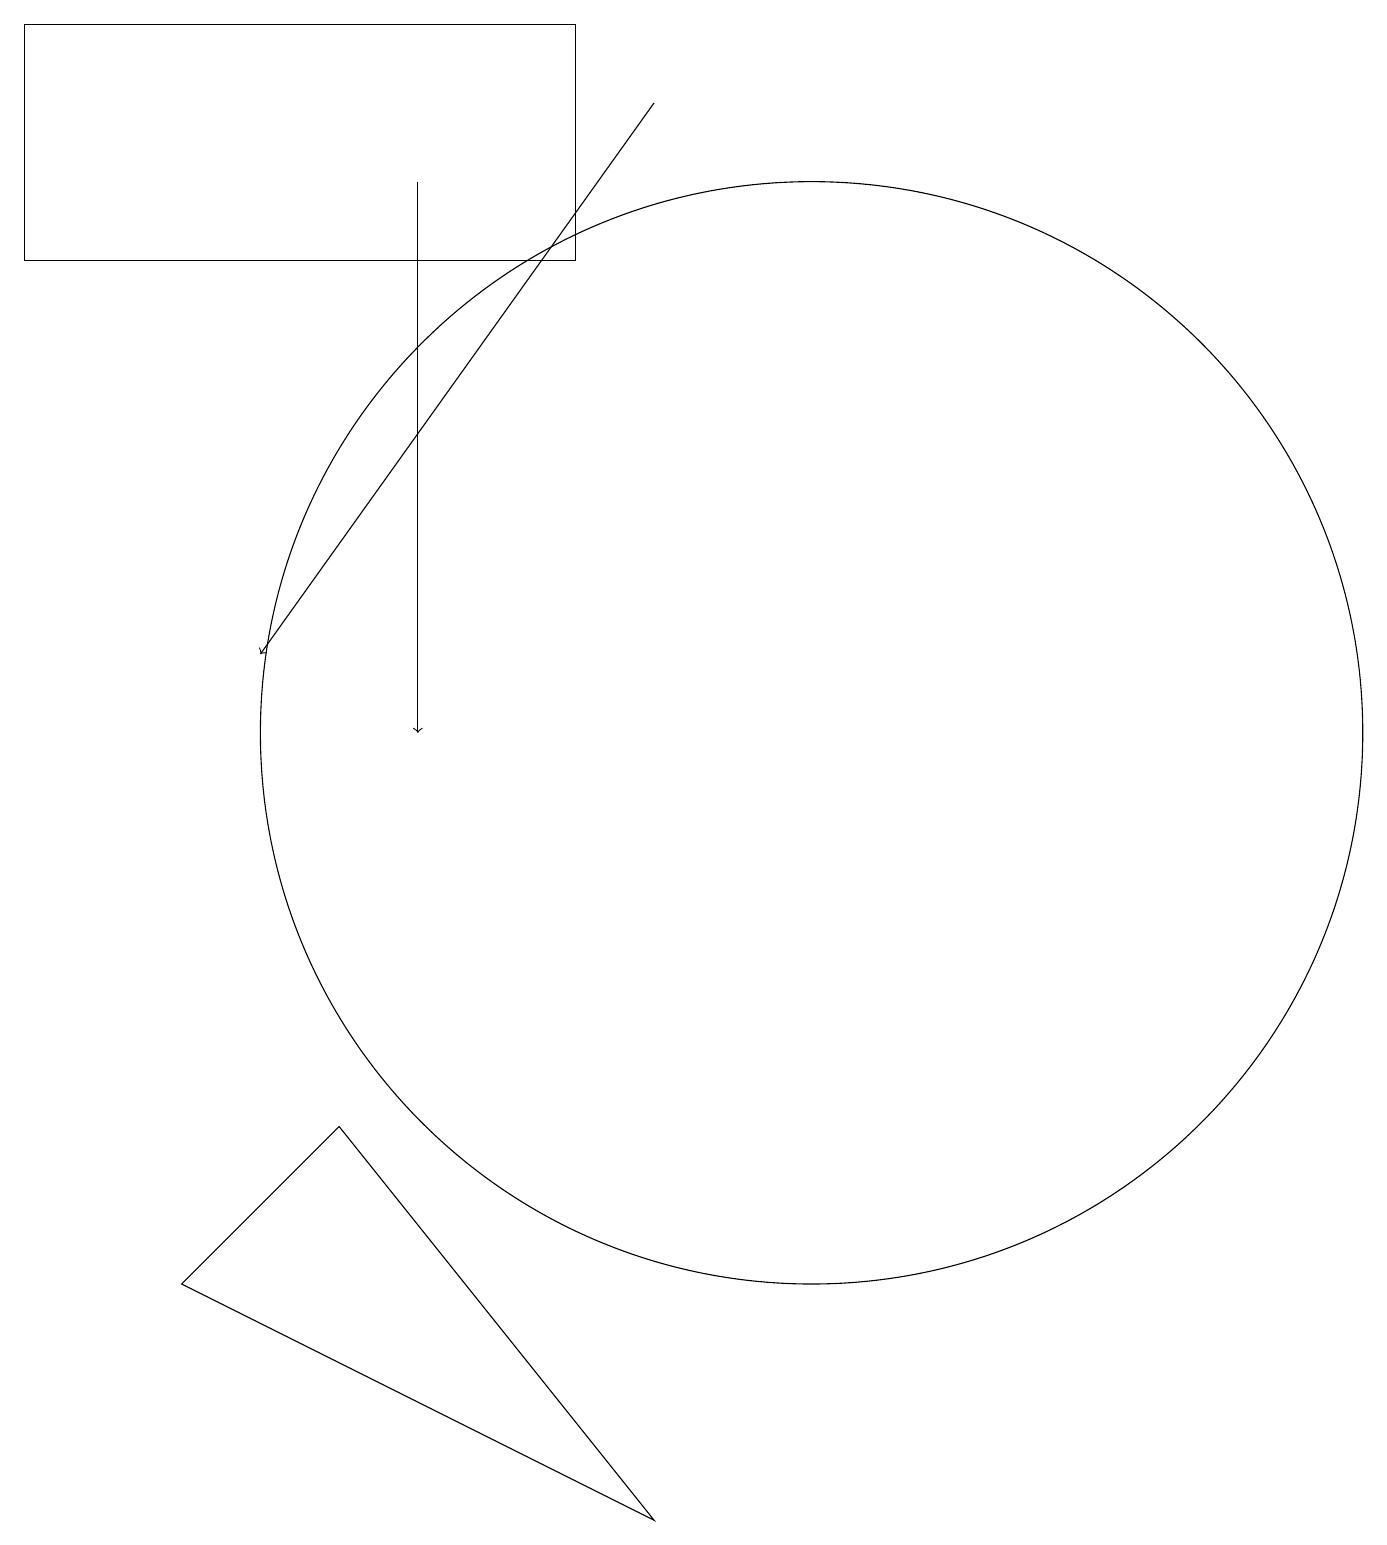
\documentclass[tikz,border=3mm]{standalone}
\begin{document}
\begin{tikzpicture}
\draw[->] (6,17) -- (6,10);
\draw (1,19) rectangle (8,16);
\draw (3,3) -- (9,0) -- (5,5) -- cycle;
\draw (11,10) circle (7);
\draw[->] (9,18) -- (4,11);
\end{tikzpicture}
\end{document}